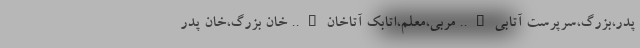
پدر،بزرگ،سرپرست آتابی….. مربی،معلم،اتابک آتاخان….. خان بزرگ،خان پدر